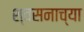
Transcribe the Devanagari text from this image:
श्वसनाच्या